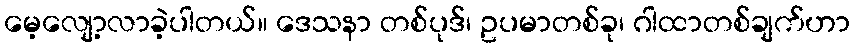
မေ့လျော့လာခဲ့ပါတယ်။ ဒေသနာ တစ်ပုဒ်၊ ဥပမာတစ်ခု၊ ဂါထာတစ်ချက်ဟာ